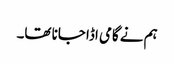
ہم نے گامی اڈا جانا تھا۔